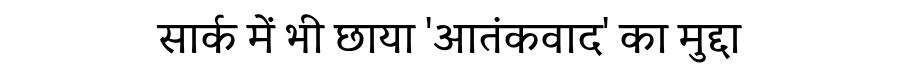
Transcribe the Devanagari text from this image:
सार्क में भी छाया 'आतंकवाद' का मुद्दा